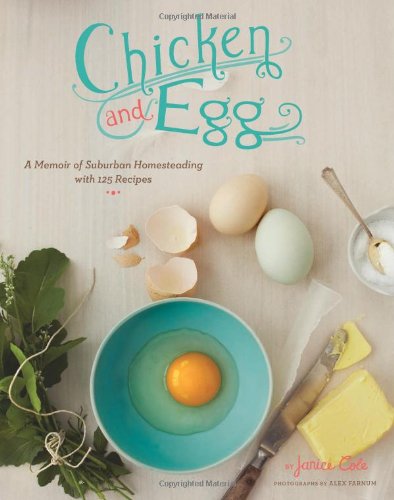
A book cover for Chicken and Egg: A Memoir of Suburban Homesteading with 125 Recipes; Janice Cole; Cookbooks, Food & Wine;